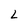
Character: L